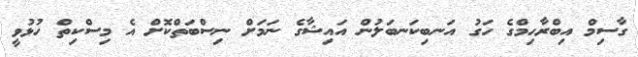
ގާސިމް އިބްރާހިމްގެ ހަގު އަނބިކަނބަލުން އައިޝާގެ ނަމަށް ނިސްބަތްކޮށް އެ މިސްކިތް ހުޅުވީ